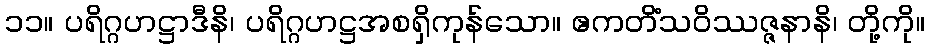
၁၁။ ပရိဂ္ဂဟဋ္ဌာဒီနိ၊ ပရိဂ္ဂဟဋ္ဌအစရှိကုန်သော။ ဧကတိံသဝိဿဇ္ဇနာနိ၊ တို့ကို။